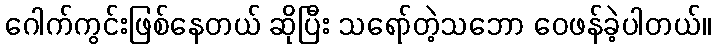
ဂေါက်ကွင်းဖြစ်နေတယ် ဆိုပြီး သရော်တဲ့သဘော ဝေဖန်ခဲ့ပါတယ်။